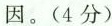
因。(4分)